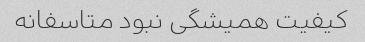
کیفیت همیشگی نبود متاسفانه